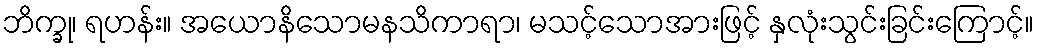
ဘိက္ခု၊ ရဟန်း။ အယောနိသောမနသိကာရာ၊ မသင့်သောအားဖြင့် နှလုံးသွင်းခြင်းကြောင့်။